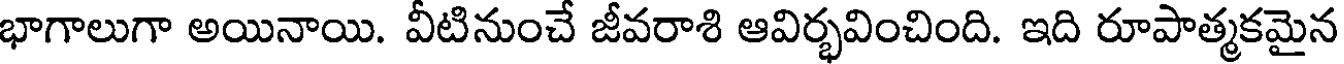
భాగాలుగా అయినాయి. వీటినుంచే జీవరాశి ఆవిర్భవించింది. ఇది రూపాత్మకమైన